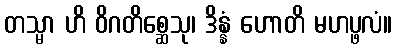
တသ္မာ ဟိ ဝိဂတိစ္ဆေသု၊ ဒိန္နံ ဟောတိ မဟပ္ဖလံ။